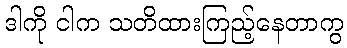
ဒါကို ငါက သတိထားကြည့်နေတာကွ